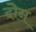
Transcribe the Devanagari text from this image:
दोेन